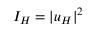
I _ { H } = | u _ { H } | ^ { 2 }